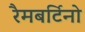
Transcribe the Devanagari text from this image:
रैमबर्टिनो